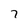
Character: 7